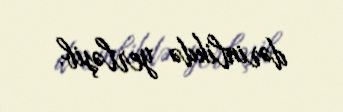
dərinlikdə yerləşib.